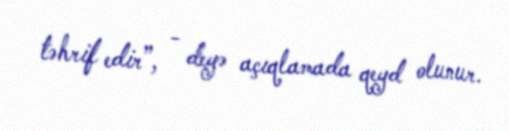
təhrif edir”, - deyə açıqlamada qeyd olunur.